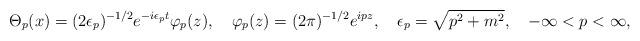
LaTeX: \begin{align*} \Theta_p(x)=(2\epsilon_p)^{-1/2}e^{-i\epsilon_p t} \varphi_p(z),\quad \varphi_p(z)=(2\pi)^{-1/2}e^{ipz},\quad \epsilon_p=\sqrt{p^2+m^2},\quad -\infty<p<\infty,\end{align*}